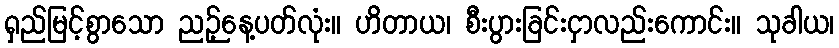
ရှည်မြင့်စွာသော ညဉ့်နေ့ပတ်လုံး။ ဟိတာယ၊ စီးပွားခြင်းငှာလည်းကောင်း။ သုခါယ၊